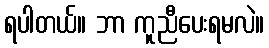
ရပါတယ်။ ဘာ ကူညီပေးရမလဲ။